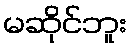
မဆိုင်ဘူး